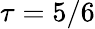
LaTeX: \tau=5/6